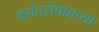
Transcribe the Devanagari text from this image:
वसंतसंपातच्या